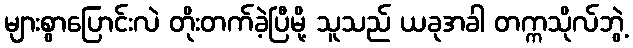
များစွာပြောင်းလဲ တိုးတက်ခဲ့ပြီမို့ သူသည် ယခုအခါ တက္ကသိုလ်ဘွဲ့